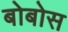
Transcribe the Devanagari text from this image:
बोबोस